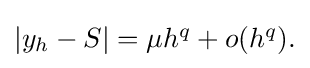
{\textstyle \left|y_{h}-S\right|=\mu h^{q}+o(h^{q}).}